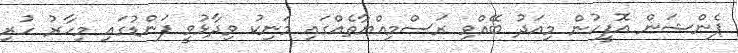
ޕެންޝަން އޮފީހުން މިއަދު ބޭއްވި ރަސްމިއްޔާތެއްގައި މަނިކު ވިދާޅުވީ ފަންޑުގައި މިހާރު ހުރި